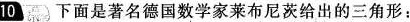
10 下面是著名德国数学家莱布尼茨给出的三角形：